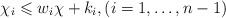
\begin{align*}\chi_i \leqslant w_i \chi + k_i, (i = 1,\dots, n-1)\end{align*}